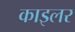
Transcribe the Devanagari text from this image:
काइलर